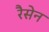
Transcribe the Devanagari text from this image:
रैसेन